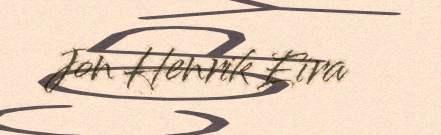
Jon Henrik Eira